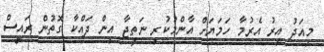
މިއަދު އިރު އެރުމާ ހަމަޔަށް އާންމުކުރި ނަތީޖާ އިން ދައްކާ ގޮތުން ރައީސް